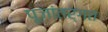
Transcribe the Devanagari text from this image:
पूजांतर्गत